Malaria in the Duars
Disease focus: Malaria
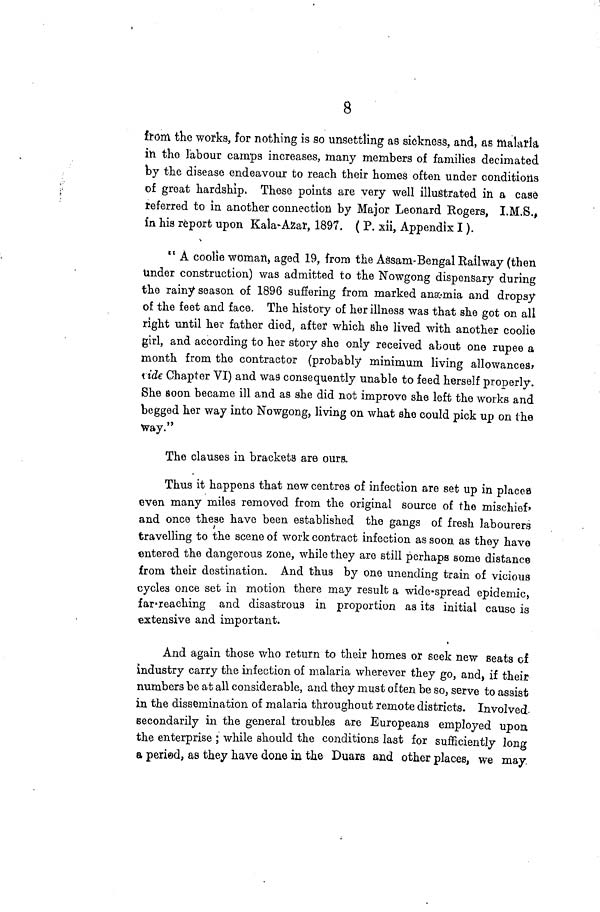
8
from the works, for nothing is so unsettling a8 sickness, and, as malaria
in the labour camps increases, many members of families decimated
by the disease endeavour to reach their homes often under conditions
of great hardship. These points are very well illustrated in a case
referred to in another connection by Major Leonard Rogers, I.M.S.,
in his report upon Kala-Azar, 1897. ( P. xii, Appendix I).
" A coolie woman, aged 19, from the Assam-Bengal Railway (then
Under construction) was admitted to the Nowgong dispensary during
the rainy season of 1896 suffering from marked anæmia and dropsy
of the feet and face. The history of her illness was that she got on all
right until her father died, after which she lived with another coolie
girl, and according to her story she only received about one rupee a
month from the contractor (probably minimum living allowances,
tide Chapter VI) and was consequently unable to feed herself properly.
She Soon became ill and as she did not improve she left the works and
begged her way into Nowgong, living on what she could pick up on the
way."
The clauses in brackets are ours.
Thus it happens that new centres of infection are set up in places
even many miles removed from the original source of the mischief,
and once these have been established the gangs of fresh labourers
travelling to the scene of work contract infection as soon as they have
entered the dangerous zone, while they are still perhaps some distance
from their destination. And thus by one unending train of vicious
cycles once set in motion there may result a wide-spread epidemic,
far reaching and disastrous in proportion as its initial cause is
extensive and important.
And again those who return to their homes or seek new seats of
industry carry the infection of malaria wherever they go, and, if their
numbers be at all considerable, and they must often be so, serve to assist
in the dissemination of malaria throughout remote districts. Involved
secondarily in the general troubles are Europeans employed upon
the enterprise ; while should the conditions last for sufficiently long
a period, as they have done in the Duars and other places, we may.